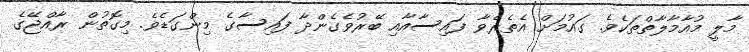
މާލީ މުއާމާލާތްތަކެވެ. ގައުމަށް އެތެރެވާ ފައިސާއާއި ބޭރުވެގެންދާ ފައިސާގެ މިންގަޑެވެ. މިގޮތުން ރާއްޖޭގެ